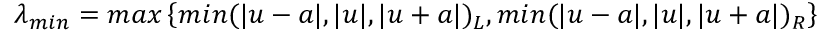
\lambda _ { m i n } = m a x \left\{ m i n ( | u - a | , | u | , | u + a | ) _ { L } , m i n ( | u - a | , | u | , | u + a | ) _ { R } \right\}